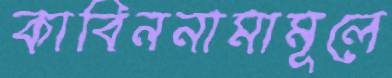
কাবিননামামূলে